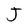
Character: J